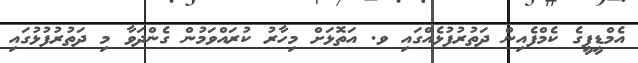
އެމްޑީޕީގެ ކެމްފެއިން ދަތުރުފުޅެއްގައި ވ. އަތޮޅަށް މިހާރު ކުރައްވަމުން ގެންދަވާ މި ދަތުރުފުޅުގައި